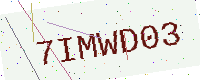
Text: 7IMWD03